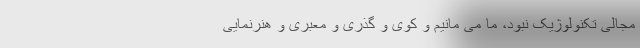
مجالی تکنولوژیک نبود، ما می مانیم و کوی و گذری و معبری و هنرنمایی